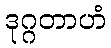
ဒုဂ္ဂတာဟံ